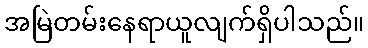
အမြဲတမ်းနေရာယူလျက်ရှိပါသည်။